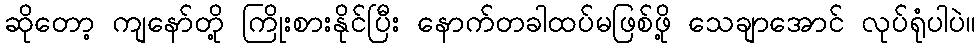
ဆိုတော့ ကျနော်တို့ ကြိုးစားနိုင်ပြီး နောက်တခါထပ်မဖြစ်ဖို့ သေချာအောင် လုပ်ရုံပါပဲ။